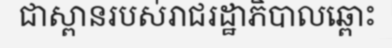
ជាស្ពានរបស់រាជរដ្ឋាភិបាលឆ្ពោះ